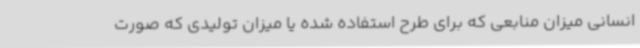
انسانی میزان منابعی که برای طرح استفاده شده یا میزان تولیدی که صورت